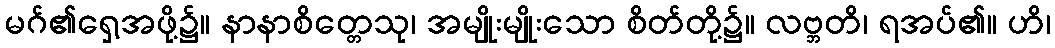
မဂ်၏ရှေ့အဖို့၌။ နာနာစိတ္တေသု၊ အမျိုးမျိုးသော စိတ်တို့၌။ လဗ္ဘတိ၊ ရအပ်၏။ ဟိ၊